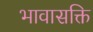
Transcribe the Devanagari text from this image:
भावासक्ति